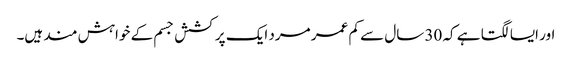
اور ایسا لگتا ہے کہ 30 سال سے کم عمر مرد ایک پرکشش جسم کے خواہش مند ہیں۔